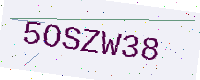
Text: 5OSZW38